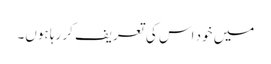
میں خود اس کی تعریف کر رہا ہوں۔